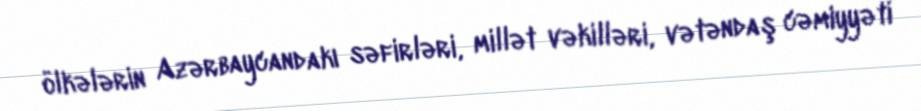
ölkələrin Azərbaycandakı səfirləri, millət vəkilləri, vətəndaş cəmiyyəti